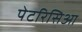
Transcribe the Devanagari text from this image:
पेटरिसिआ